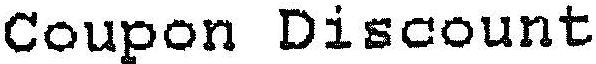
COUPON DISCOUNT